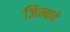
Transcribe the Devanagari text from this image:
जिम्बावे